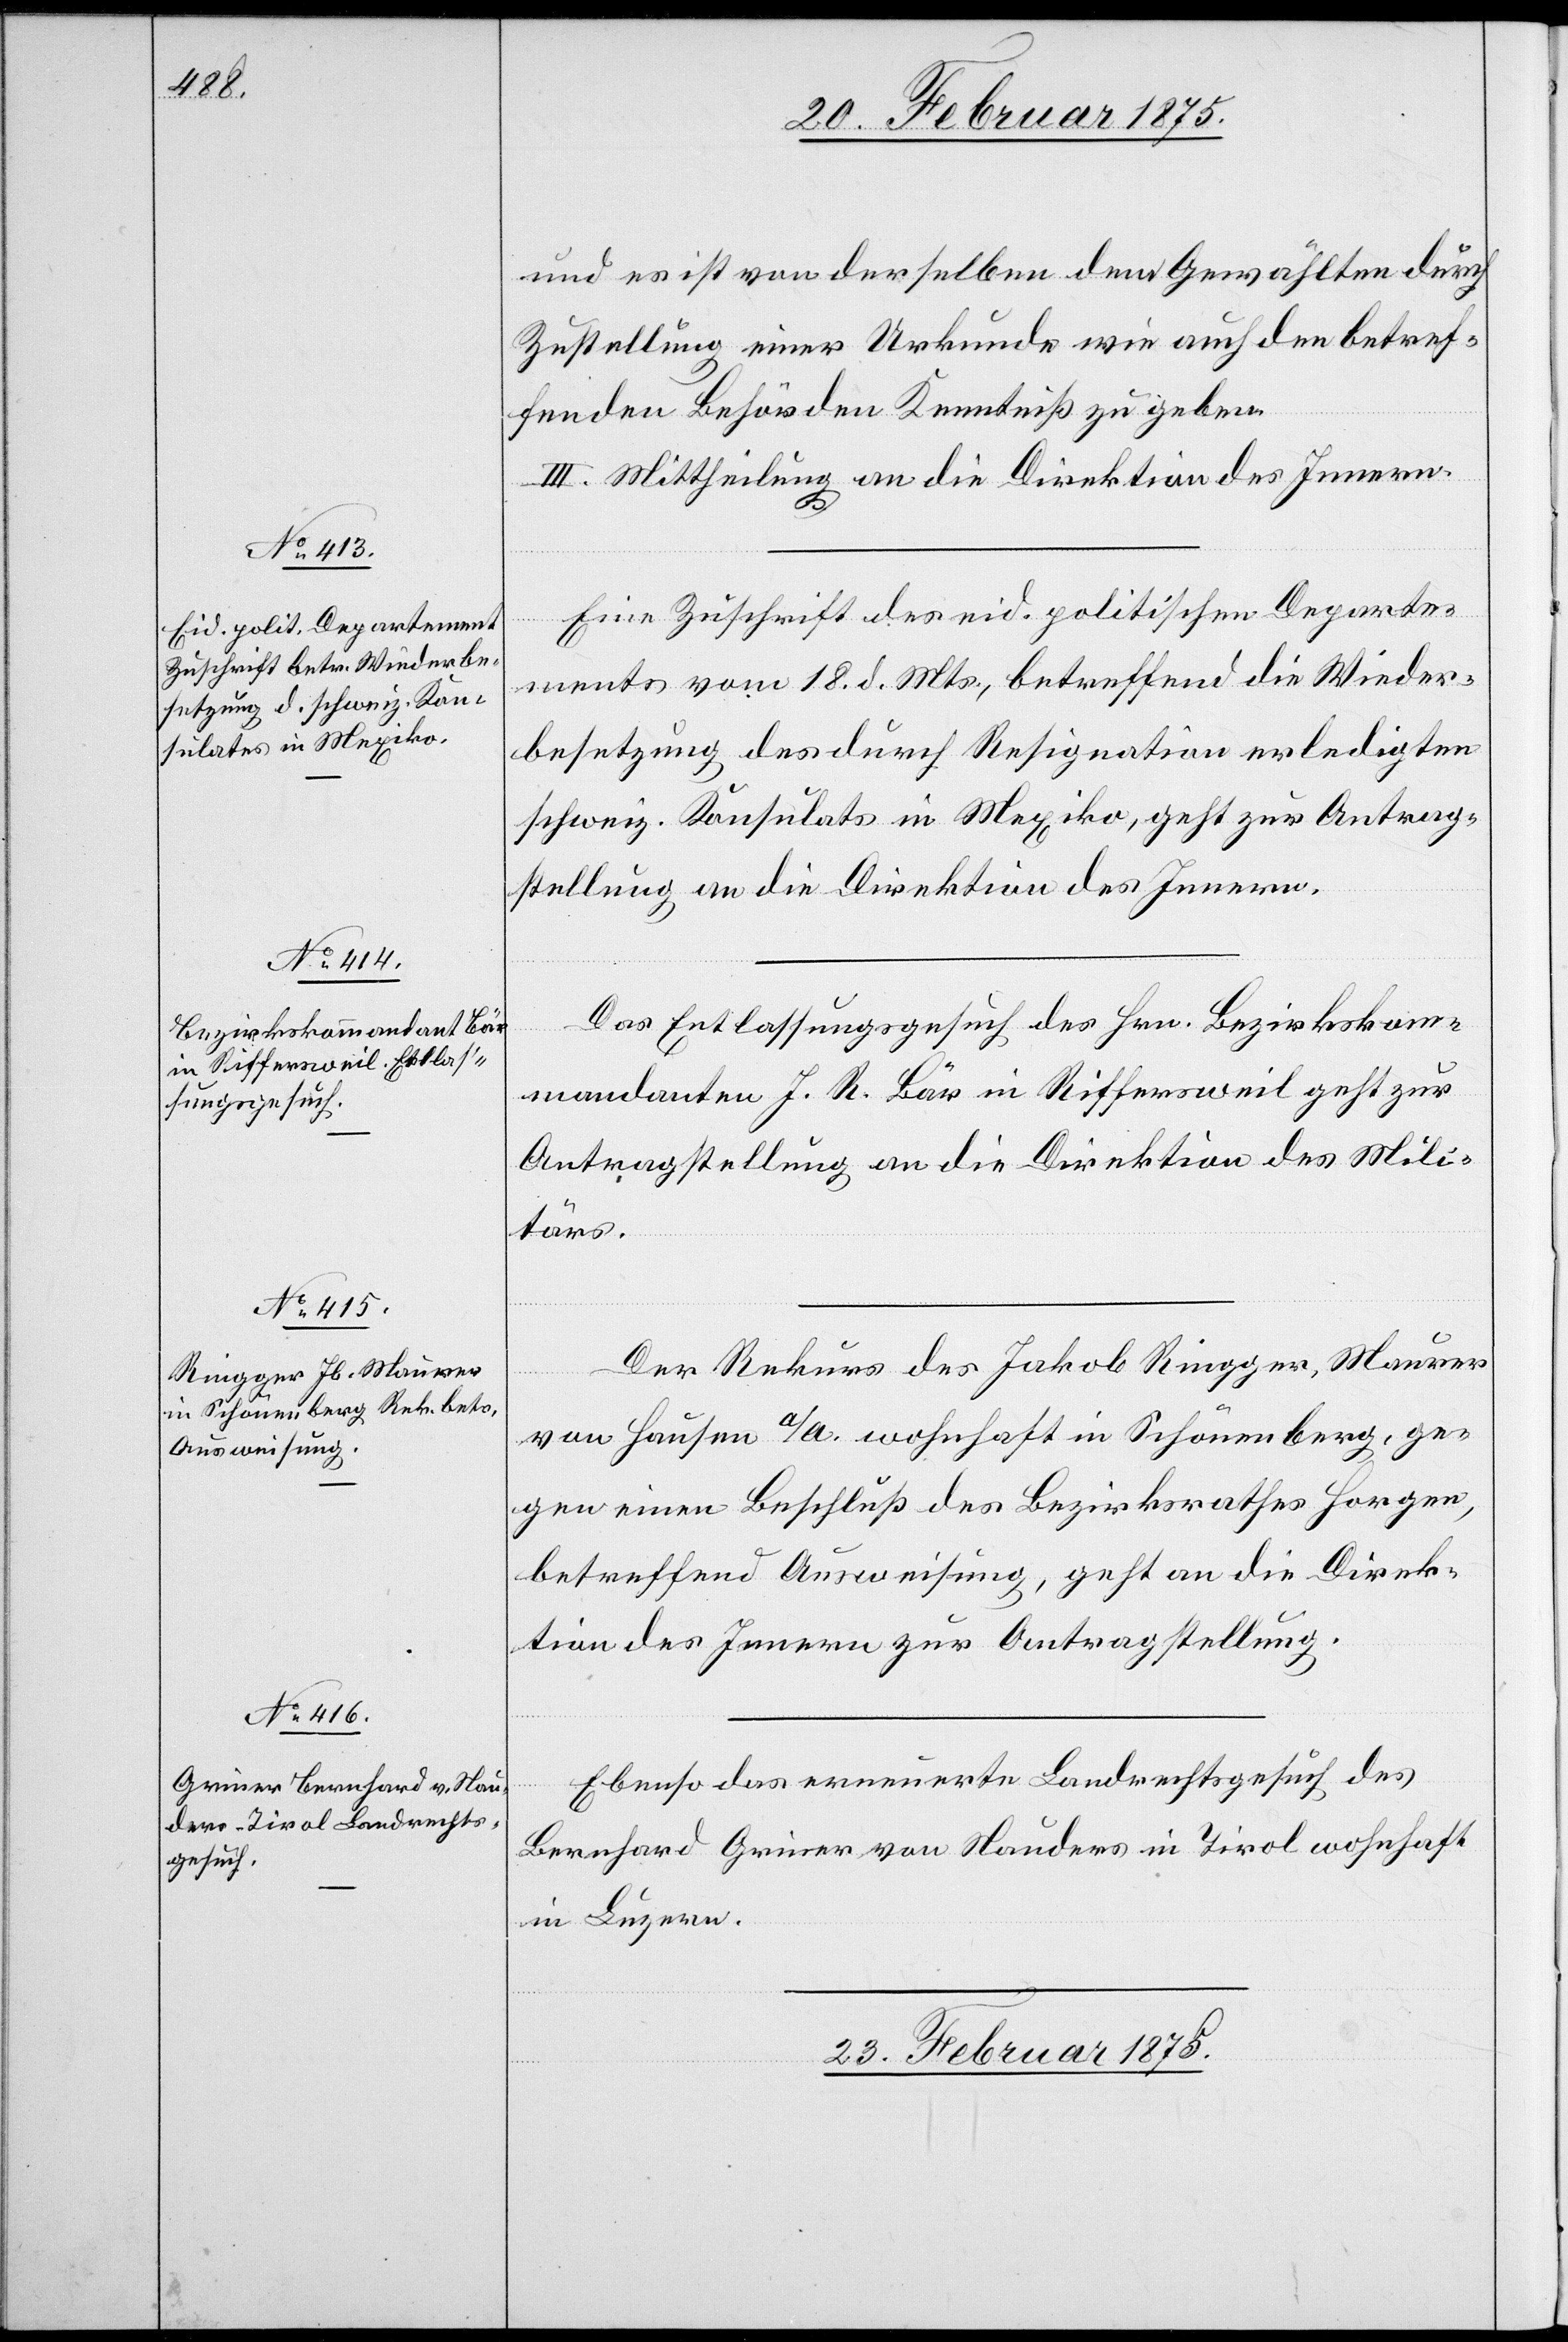
22. Februar 1875.]
und es ist von derselben dem Gewählten durch
Zustellung einer Urkunde wie auch den betref¬
fenden Behörden Kenntniß zu geben.
III. Mittheilung an die Direktion des Innern.
Eine Zuschrift des eid. politischen Departe¬
ments vom 18. d. Mts., betreffend die Wieder¬
besetzung des durch Resignation erledigten
schweiz. Konsulats in Mexiko, geht zur Antrag¬
stellung an die Direktion des Innern.
Das Entlassungsgesuch des Hrn. Bezirkskom¬
mandanten J. R. Bär in Riffersweil geht zur
Antragstellung an die Direktion des Mili¬
tärs.
Der Rekurs des Jakob Ringger, Maurer
etzung
von Hausen a/A. wohnhaft in Schönenberg, ge¬
gen einen Beschluß des Bezirksrathes Horgen,
betreffend Ausweisung, geht an die Direk¬
tion des Innern zur Antragstellung.
Ebenso das erneuerte Landrechtsgesuch des
Bernhard Griner von Nauders in Tirol wohnhaft
in Luzern.
23. Februar 1875.